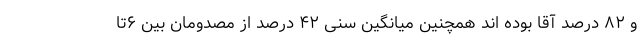
و ۸۲ درصد آقا بوده اند همچنین میانگین سنی ۴۲ درصد از مصدومان بین ۶تا